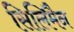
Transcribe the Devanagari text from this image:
सिलिमैन